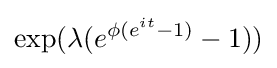
\exp(\lambda (e^{\phi (e^{it}-1)}-1))